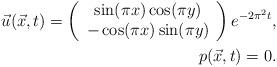
LaTeX: \begin{align*} \vec{u}(\vec{x},t) = \left ( \begin{array}{c}\sin(\pi x)\cos(\pi y)\\-\cos(\pi x)\sin(\pi y)\\\end{array}\right )e^{-2\pi^2t},\\ p(\vec{x},t) = 0.\end{align*}